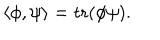
\langle \phi , \psi \rangle = \mathrm { t r } ( \phi \psi ) .